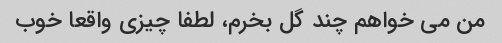
من می خواهم چند گل بخرم، لطفا چیزی واقعا خوب